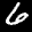
Label: 6